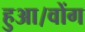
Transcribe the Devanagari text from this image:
हुआ।वोंग